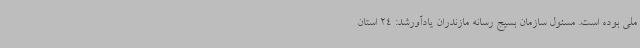
ملی بوده است. مسئول سازمان بسیج رسانه مازندران یادآورشد: 24 استان